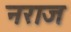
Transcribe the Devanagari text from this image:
नराज